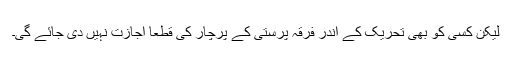
لیکن کسی کو بھی تحریک کے اندر فرقہ پرستی کے پرچار کی قطعاً اجازت نہیں دی جائے گی۔